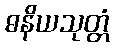
ဓနိယသုတ္တံ